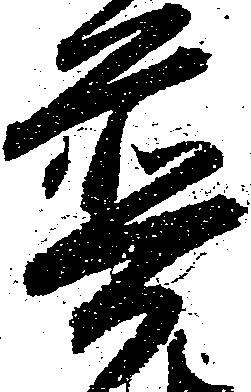
普